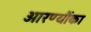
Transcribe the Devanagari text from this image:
आरण्यौंका